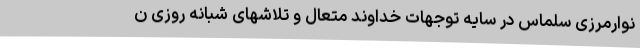
نوارمرزی سلماس در سایه توجهات خداوند متعال و تلاشهای شبانه روزی ن